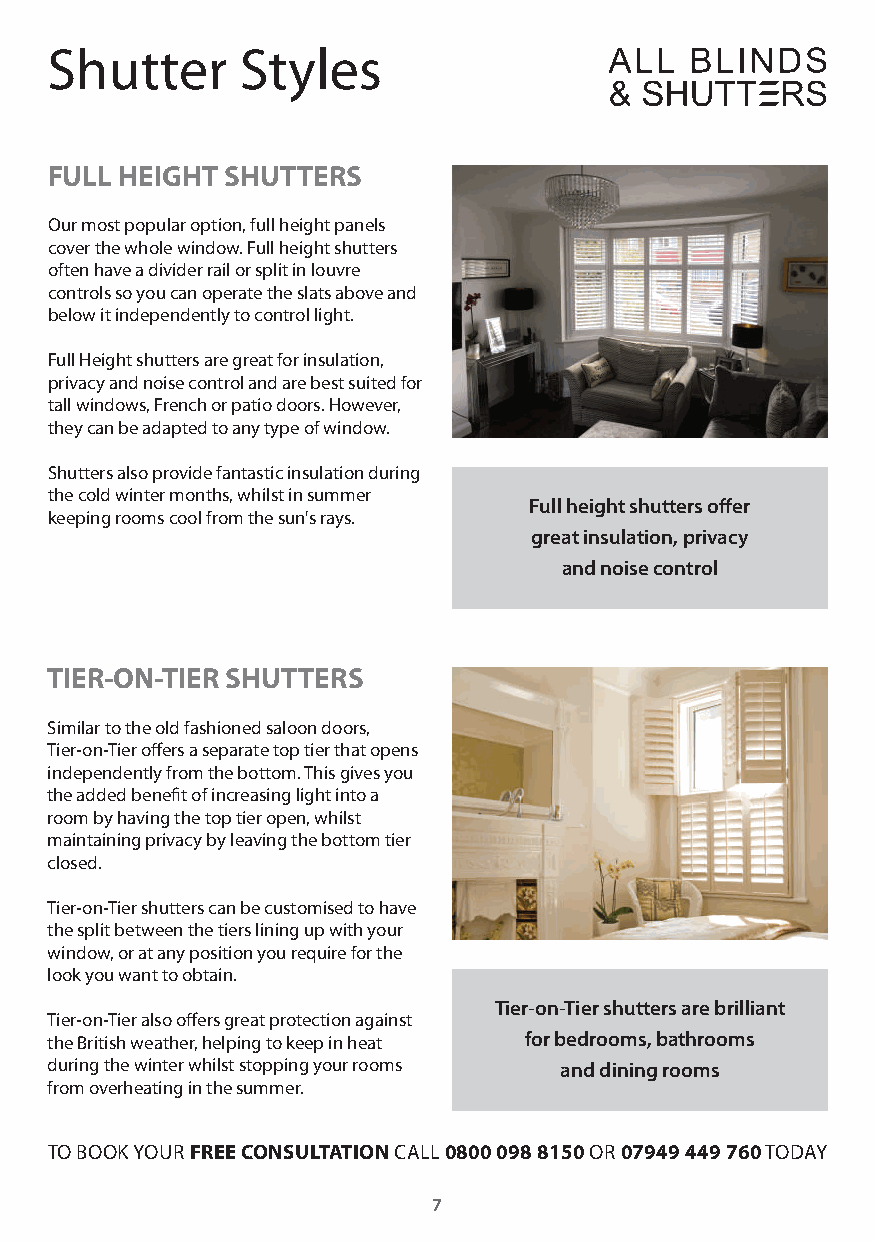
Shutter      Styles
 FULL HEIGHT SHUTTERS
 Our most popular option, full height panels
 cover the whole window. Full height shutters
 often have a divider rail or split in louvre
 controls so you can operate the slats above and
 below it independently to control light.
 Full Height shutters are great for insulation,
 privacy and noise control and are best suited for
 tall windows, French or patio doors. However,
 they can be adapted to any type of window.
 Shutters also provide fantastic insulation during
 the cold winter months, whilst in summer
 Full height shutters offer
 keeping rooms cool from the sun's rays.
 great insulation, privacy
 and noise control
 TIER-ON-TIER SHUTTERS
 Similar to the old fashioned saloon doors,
 Tier-on-Tier offers a separate top tier that opens
 independently from the bottom. This gives you
 the added benefit of increasing light into a
 room by having the top tier open, whilst
 maintaining privacy by leaving the bottom tier
 closed.
 Tier-on-Tier shutters can be customised to have
 the split between the tiers lining up with your
 window, or at any position you require for the
 look you want to obtain.
 Tier-on-Tier shutters are brilliant
 Tier-on-Tier also offers great protection against
 the British weather, helping to keep in heat for bedrooms, bathrooms
 during the winter whilst stopping your rooms and dining rooms
 from overheating in the summer.
 TO BOOK YOUR FREE CONSULTATION CALL 0800 098 8150 OR 07949 449 760 TODAY
 7